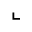
\llcorner